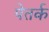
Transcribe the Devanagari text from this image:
पेतर्क